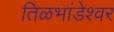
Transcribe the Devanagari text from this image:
तिळभांडेश्वर